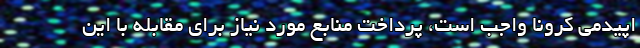
اپیدمی کرونا واجب است، پرداخت منابع مورد نیاز برای مقابله با این